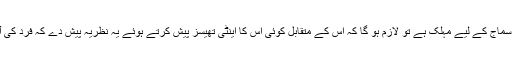
اگر کسی کا دعواہ ہے فرد کی آزادی فرد سمیت پورے سماج کے لیے مہلک ہے تو لازم ہو گا کہ اس کے متقابل کوئی اس کا اینٹی تھیسز پیش کرتے ہوئے یہ نظریہ پیش دے کہ فرد کی آزادی فرد سمیت پورے سماج کے لیے مہلک نہیں ہے۔